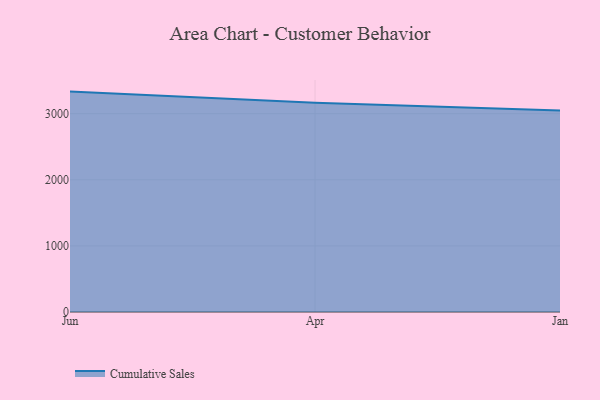
{"axis": {"x": "Month", "y": "Tickets Resolved"}, "legend": ["Cumulative Sales"], "data": [{"x": "Jun", "y": 3334.8, "type": "Cumulative Sales"}, {"x": "Apr", "y": 3166.1, "type": "Cumulative Sales"}, {"x": "Jan", "y": 3049.5, "type": "Cumulative Sales"}]}